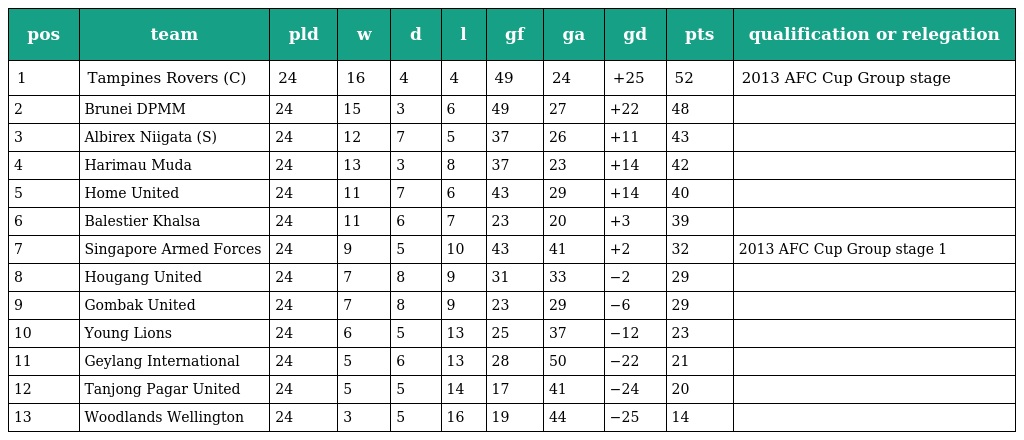
| pos | team | pld | w | d | l | gf | ga | gd | pts | qualification or relegation |
 | --- | --- | --- | --- | --- | --- | --- | --- | --- | --- | --- |
 | 1 | Tampines Rovers (C) | 24 | 16 | 4 | 4 | 49 | 24 | +25 | 52 | 2013 AFC Cup Group stage |
 | 2 | Brunei DPMM | 24 | 15 | 3 | 6 | 49 | 27 | +22 | 48 |  |
 | 3 | Albirex Niigata (S) | 24 | 12 | 7 | 5 | 37 | 26 | +11 | 43 |  |
 | 4 | Harimau Muda | 24 | 13 | 3 | 8 | 37 | 23 | +14 | 42 |  |
 | 5 | Home United | 24 | 11 | 7 | 6 | 43 | 29 | +14 | 40 |  |
 | 6 | Balestier Khalsa | 24 | 11 | 6 | 7 | 23 | 20 | +3 | 39 |  |
 | 7 | Singapore Armed Forces | 24 | 9 | 5 | 10 | 43 | 41 | +2 | 32 | 2013 AFC Cup Group stage 1 |
 | 8 | Hougang United | 24 | 7 | 8 | 9 | 31 | 33 | −2 | 29 |  |
 | 9 | Gombak United | 24 | 7 | 8 | 9 | 23 | 29 | −6 | 29 |  |
 | 10 | Young Lions | 24 | 6 | 5 | 13 | 25 | 37 | −12 | 23 |  |
 | 11 | Geylang International | 24 | 5 | 6 | 13 | 28 | 50 | −22 | 21 |  |
 | 12 | Tanjong Pagar United | 24 | 5 | 5 | 14 | 17 | 41 | −24 | 20 |  |
 | 13 | Woodlands Wellington | 24 | 3 | 5 | 16 | 19 | 44 | −25 | 14 |  |